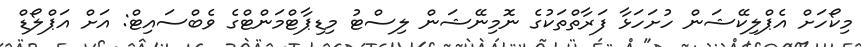
މިކޯހަށް އެޕްލިކޭޝަން ހުށަހަޅާ ފަރާތްތަކުގެ ނޮމިނޭޝަން ލިސްޓު މިޑިޕާޓްމަންޓްގެ ވެބްސައިޓް: އަށް އަޕްލޯޑް